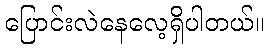
ပြောင်းလဲနေလေ့ရှိပါတယ်။